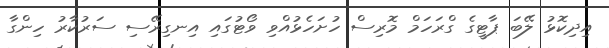
އިދިކޮޅު ލޭބަ ޕާޓީގެ ގްރަހަމް މޮރިސް ހުށަހެޅުއްވި ވޯޓުގައި އިނގިރޭސި ސަރުކާރު ހިންގާ